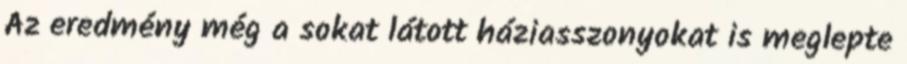
Az eredmény még a sokat látott háziasszonyokat is meglepte